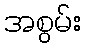
အစွမ်း